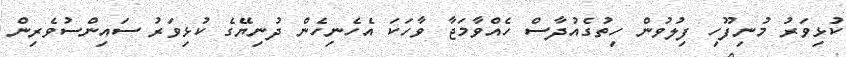
ކުޅިވަރު މުނިފޫހި ފިލުވުން ހިތުގެއުދާސް ހެއްވާމަޖާ ވާހަކަ އެހެނިހެން ދުނިޔޭގެ ކުޅިވަރު ސައިންސުވެރިން